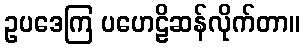
ဥပဒေကြ ပဟေဠိဆန်လိုက်တာ။